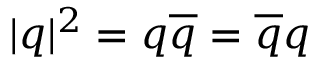
\vert q \vert ^ { 2 } = q \overline { { q } } = \overline { { q } } q